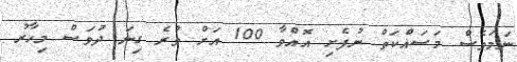
ނަމަވެސް މަސައްކަތް ނުފެށި އޮއްވާ 100 އަށް ވުރެ ގިނަ ދުވަސް މިހާރު